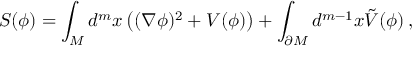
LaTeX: { \cal S } ( \phi ) = \int _ { \cal M } d ^ { m } x \left( ( \nabla \phi ) ^ { 2 } + V ( \phi ) \right) + \int _ { \partial { \cal M } } d ^ { m - 1 } x \tilde { V } ( \phi ) \, ,